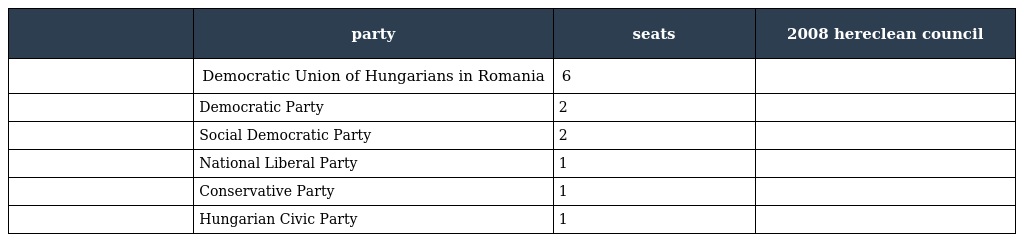
|  | party | seats | 2008 hereclean council |
 | --- | --- | --- | --- |
 |  | Democratic Union of Hungarians in Romania | 6 |  |
 |  | Democratic Party | 2 |  |
 |  | Social Democratic Party | 2 |  |
 |  | National Liberal Party | 1 |  |
 |  | Conservative Party | 1 |  |
 |  | Hungarian Civic Party | 1 |  |